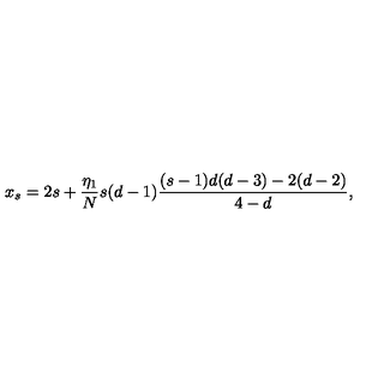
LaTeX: x _ { s } = 2 s + \frac { \eta _ { 1 } } { N } s ( d - 1 ) \frac { ( s - 1 ) d ( d - 3 ) - 2 ( d - 2 ) } { 4 - d } ,